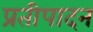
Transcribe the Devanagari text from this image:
प्रतीपादन